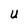
Character: U